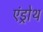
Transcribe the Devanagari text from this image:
एंड्रोथ